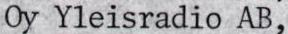
Oy Yleisradio AB,